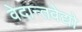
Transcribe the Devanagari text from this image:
वेदान्तवेद्यो